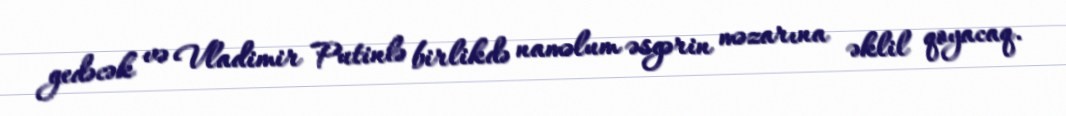
gedəcək və Vladimir Putinlə birlikdə naməlum əsgərin məzarına əklil qoyacaq.